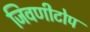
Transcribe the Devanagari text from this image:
जिवणीटोप